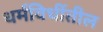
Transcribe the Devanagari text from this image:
धर्मविधींतील